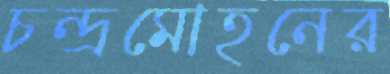
চন্দ্রমোহনের